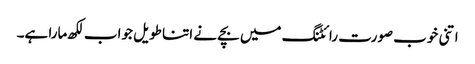
اتنی خوب صورت رائٹنگ میں بچے نے اتنا طویل جواب لکھ مارا ہے۔